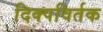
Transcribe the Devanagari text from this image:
दिक्पविर्तक